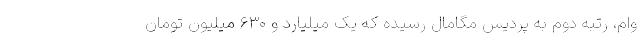
وام، رتبه دوم به پردیس مگامال رسیده که یک میلیارد و ۶۳۰ میلیون تومان